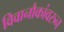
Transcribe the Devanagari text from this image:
विवानौकांवरुन